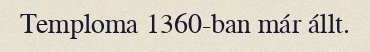
Temploma 1360-ban már állt.